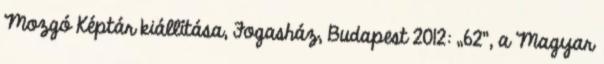
Mozgó Képtár kiállítása, Fogasház, Budapest 2012: „62”, a Magyar